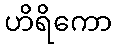
ဟိရိကော